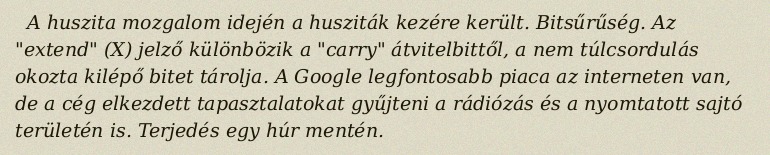
A huszita mozgalom idején a husziták kezére került. Bitsűrűség. Az "extend" (X) jelző különbözik a "carry" átvitelbittől, a nem túlcsordulás okozta kilépő bitet tárolja. A Google legfontosabb piaca az interneten van, de a cég elkezdett tapasztalatokat gyűjteni a rádiózás és a nyomtatott sajtó területén is. Terjedés egy húr mentén.